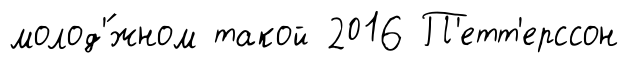
молод'́жном такой 2016 П'етт'ерссон